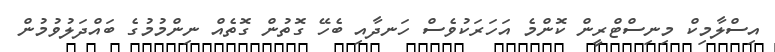
އިސްލާމިކް މިނިސްޓްރީން ކޮންމެ އަހަރަކުވެސް ހަނދާއި ބެހޭ ގޮތުން ގޮތެއް ނިންމުމުގެ ބައްދަލުވުމުން